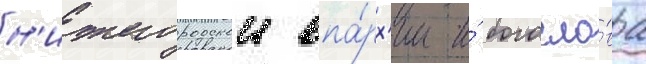
н'ижегородскои епа́рх'ии и́ богосло́ва